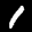
Label: 1